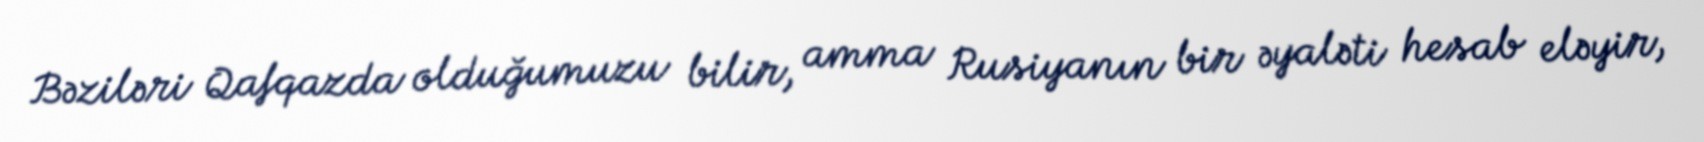
Bəziləri Qafqazda olduğumuzu bilir, amma Rusiyanın bir əyaləti hesab eləyir,